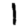
Digit: 1